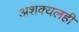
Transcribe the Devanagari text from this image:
अशक्यलही